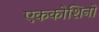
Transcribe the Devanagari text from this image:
एककोशिनों